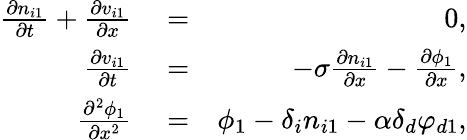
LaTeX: \begin{array}{rlr}{\frac{\partial n_{i1}}{\partial t}+\frac{\partial v_{i1}}{\partial x}}&{{}=}&{0,}\\ {\frac{\partial v_{i1}}{\partial t}}&{{}=}&{-\sigma\frac{\partial n_{i1}}{\partial x}-\frac{\partial\phi_{1}}{\partial x},}\\ {\frac{\partial^{2}\phi_{1}}{\partial x^{2}}}&{{}=}&{\phi_{1}-\delta_{i}n_{i1}-\alpha\delta_{d}\varphi_{d1},}\end{array}